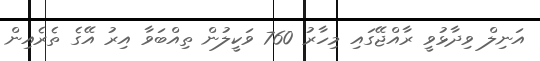
އަނިލް ވިދާޅުވީ ރާއްޖޭގައި މިހާރު 760 ވަކީލުން ތިއްބަވާ އިރު އޭގެ ތެރެއިން